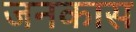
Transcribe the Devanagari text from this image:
जनकास